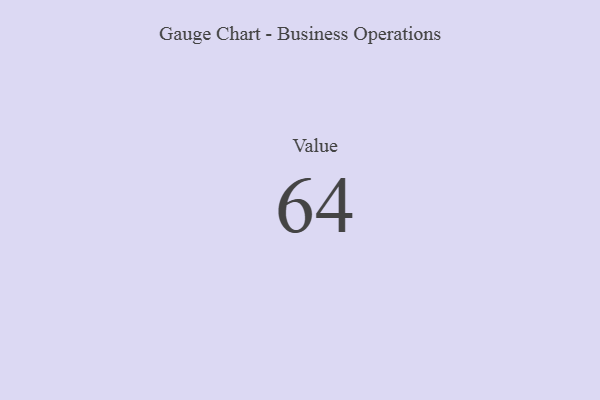
{"axis": {"x": "Metric", "y": "Value"}, "legend": [""], "data": [{"x": "Value", "y": 64, "type": ""}]}